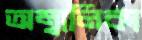
অম্বালিকা